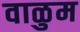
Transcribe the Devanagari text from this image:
वाळुम